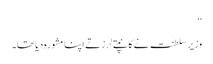
‘‘
وزیر سلطنت نے کانپتے لرزتے اپنا مشورہ دیا تھا۔